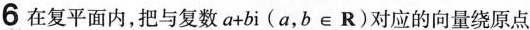
6在复平面内，把与复数$$a+bi$$(a，$$b\inR$$)对应的向量绕原点